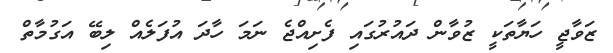
ޒަވާޖީ ހަޔާތަކީ ޒުވާން ދައުރުގައި ފެށިއްޖެ ނަމަ ހާދަ އުފަލެއް ލިބޭ އަގުމާތް